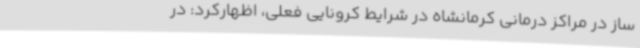
ساز در مراکز درمانی کرمانشاه در شرایط کرونایی فعلی، اظهارکرد: در